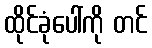
ထိုင်ခုံပေါ်ကို တင်